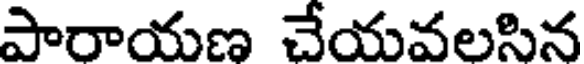
పారాయణ చేయవలసిన